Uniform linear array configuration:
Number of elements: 4
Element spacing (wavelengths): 0.5
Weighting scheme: hamming
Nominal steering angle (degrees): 15
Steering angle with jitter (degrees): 13.533
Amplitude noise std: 0.05
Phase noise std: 0.05

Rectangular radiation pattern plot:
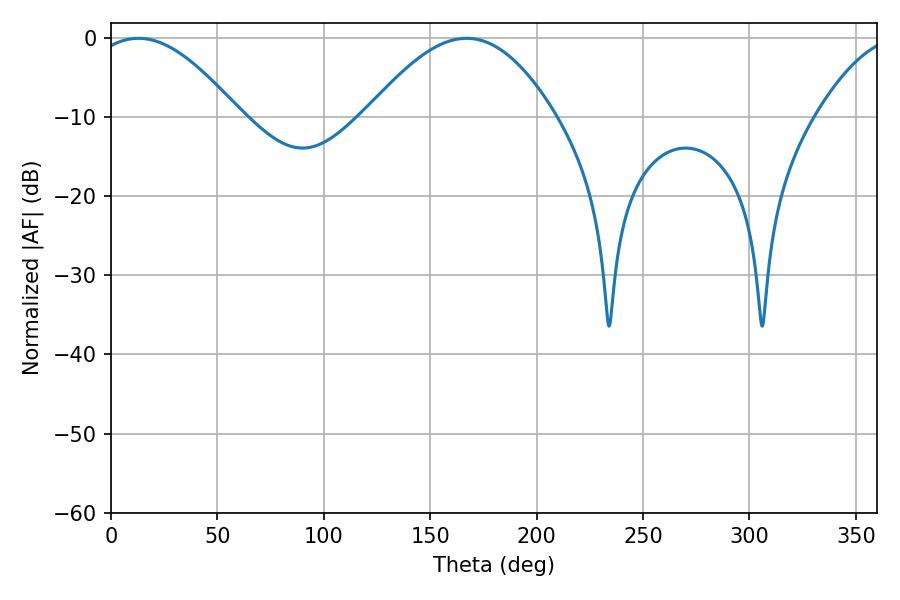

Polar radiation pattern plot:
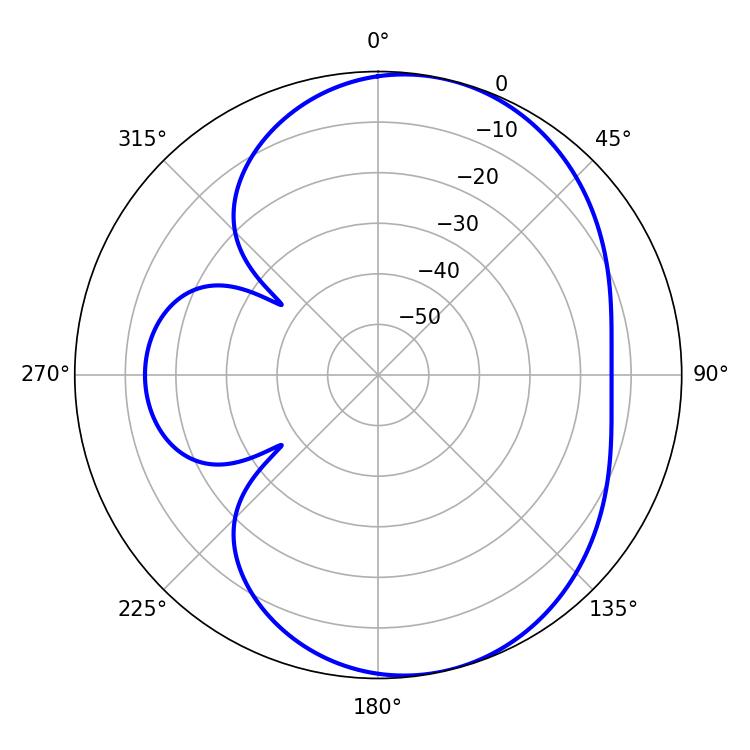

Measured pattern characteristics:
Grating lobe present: FALSE
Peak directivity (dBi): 6.538
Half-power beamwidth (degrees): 37.8
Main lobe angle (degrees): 12.96